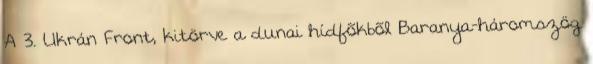
A 3. Ukrán Front, kitörve a dunai hídfõkbõl Baranya-háromszög